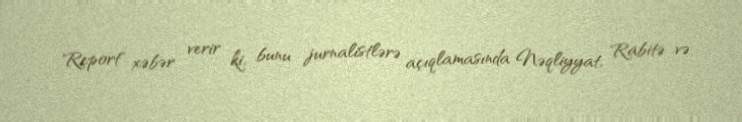
Report" xəbər verir ki, bunu jurnalistlərə açıqlamasında Nəqliyyat, Rabitə və